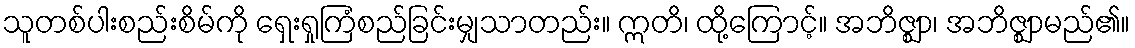
သူတစ်ပါးစည်းစိမ်ကို ရှေးရှုကြံစည်ခြင်းမျှသာတည်း။ ဣတိ၊ ထို့ကြောင့်။ အဘိဇ္ဈာ၊ အဘိဇ္ဈာမည်၏။